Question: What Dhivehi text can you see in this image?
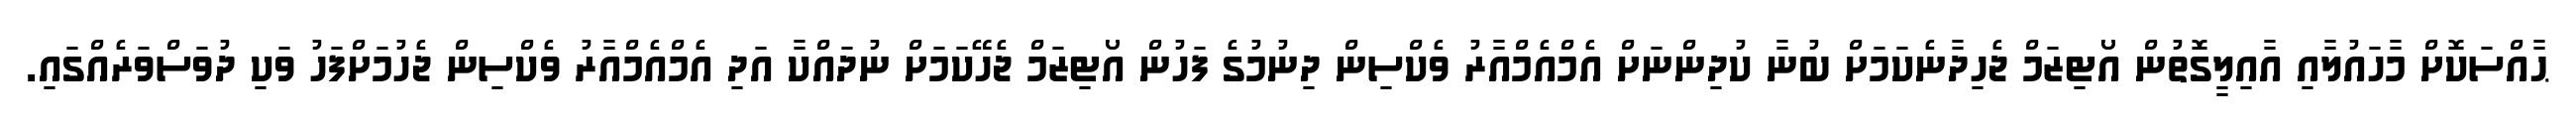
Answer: ޙާއްސަކޮށް މާހައުލާއި އާއިލީގޮތުން އޯޓިޒަމް ޖެހިދާނެކަމަށް ބުނާ ކުދިންނަށް އެމްއެމްއާރު ވެކްސިން ދިނުމުގެ ފަހުން އޯޓިޒަމް ޖެހޭކަމަށް ނުދައްކާ އަދި އެމްއެމްއާރު ވެކްސިން ޖެހުމަށްފަހު ވަކި ދުވަސްވަރެއްގައި.